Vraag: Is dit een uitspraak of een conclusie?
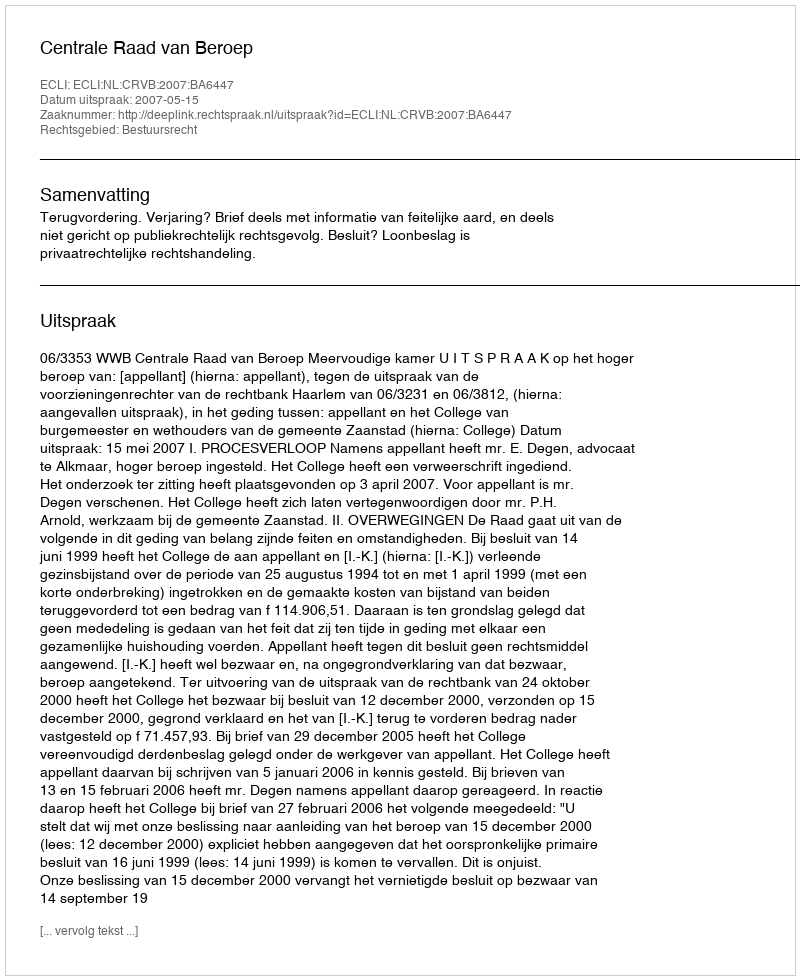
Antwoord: Uitspraak